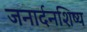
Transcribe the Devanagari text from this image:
जनार्दनशिष्य